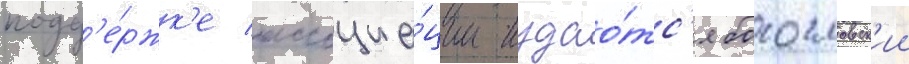
подд'е́ржк'е ассоциа́ции издао́тс'я богословск'ии